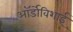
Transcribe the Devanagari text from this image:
ऑर्डोविशाई